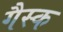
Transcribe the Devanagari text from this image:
गैस्क